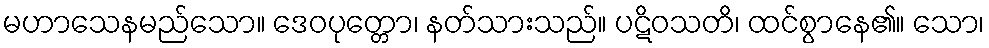
မဟာသေနမည်သော။ ဒေဝပုတ္တော၊ နတ်သားသည်။ ပဋိဝသတိ၊ ထင်စွာနေ၏။ သော၊